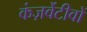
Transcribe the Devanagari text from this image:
कंज़र्वेटीवों